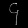
Digit: ၄